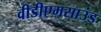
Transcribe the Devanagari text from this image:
वीडीएमसाउंड